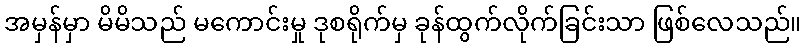
အမှန်မှာ မိမိသည် မကောင်းမှု ဒုစရိုက်မှ ခုန်ထွက်လိုက်ခြင်းသာ ဖြစ်လေသည်။